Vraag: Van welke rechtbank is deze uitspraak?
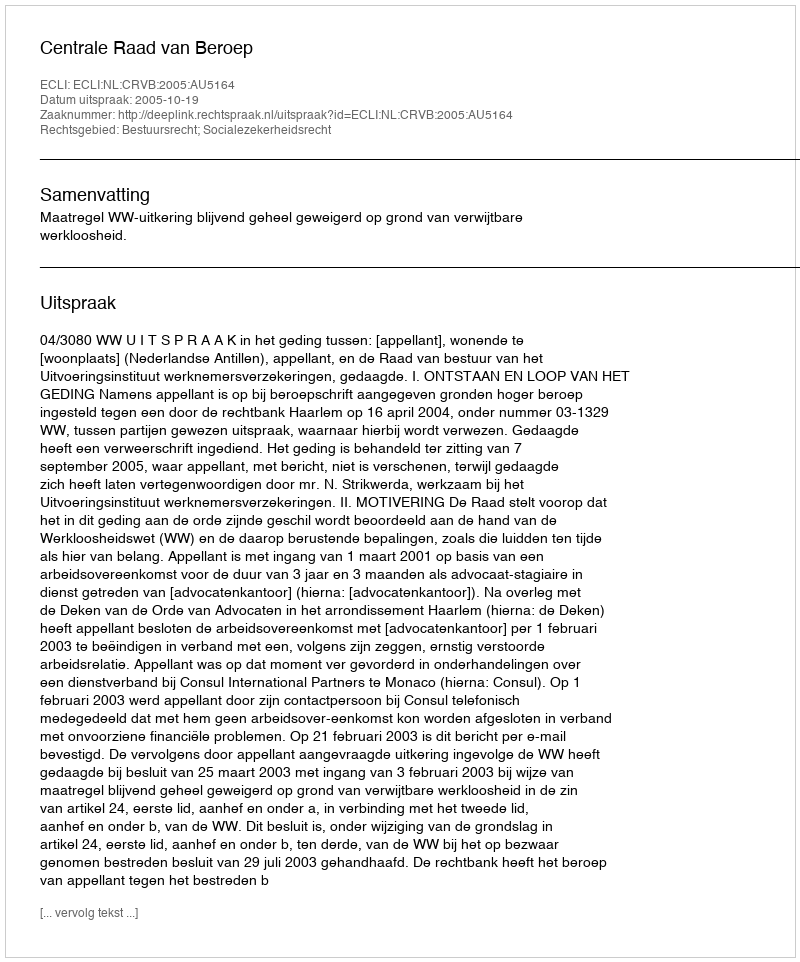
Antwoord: Centrale Raad van Beroep